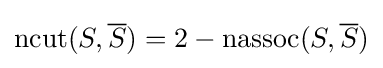
\operatorname {ncut} (S,{\overline {S}})=2-\operatorname {nassoc} (S,{\overline {S}})